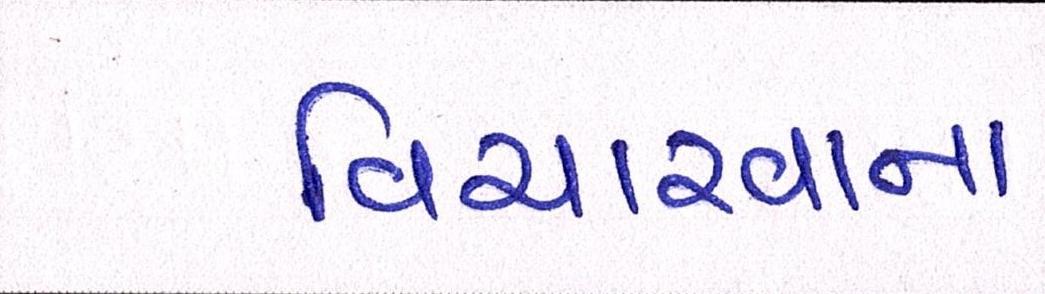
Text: વિચારવાના